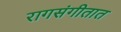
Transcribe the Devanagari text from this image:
रागसंगीतात